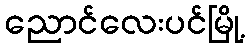
ညောင်လေးပင်မြို့